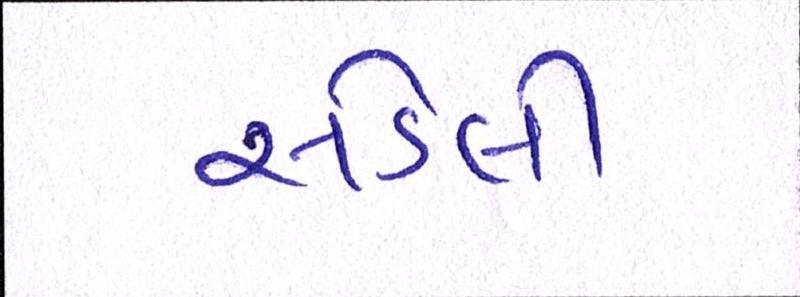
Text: સડેલી